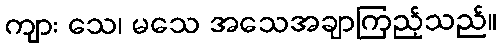
ကျား သေ၊ မသေ အသေအချာကြည့်သည်။